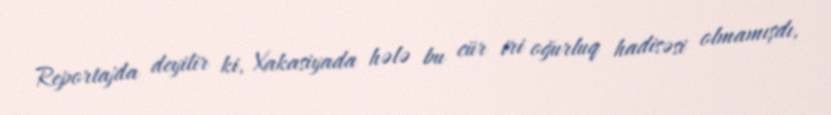
Reportajda deyilir ki, Xakasiyada hələ bu cür iri oğurluq hadisəsi olmamışdı,